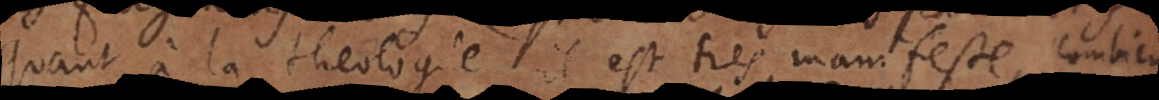
Quant à la theologie il est tres manifeste, combien